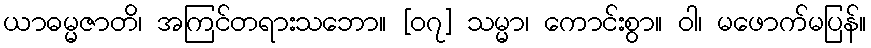
ယာဓမ္မဇာတိ၊ အကြင်တရားသဘော။ [၀၇] သမ္မာ၊ ကောင်းစွာ။ ဝါ၊ မဖောက်မပြန်။